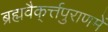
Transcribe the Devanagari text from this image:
ब्रह्मवैक्‌र्त्तपुराणमें